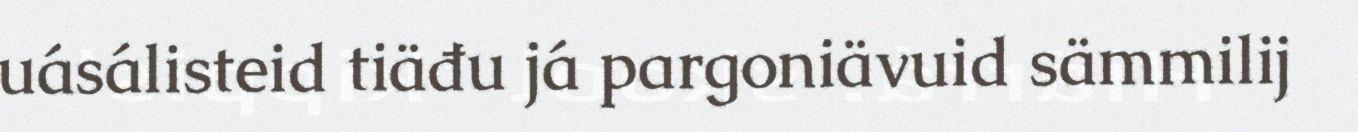
uásálisteid tiäđu já pargoniävuid sämmilij